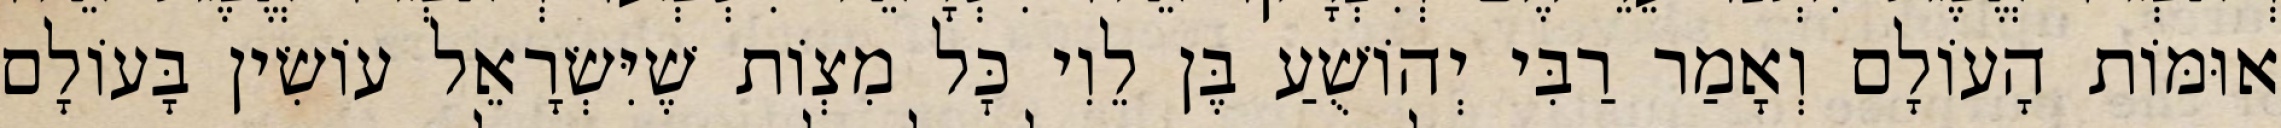
אוּמּוֹת הָעוֹלָם וְאָמַר רַבִּי יְהוֹשֻׁעַ בֶּן לֵוִי כׇּל מִצְוֹת שֶׁיִּשְׂרָאֵל עוֹשִׂין בָּעוֹלָם